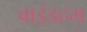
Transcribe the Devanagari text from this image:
वाइंडहम